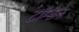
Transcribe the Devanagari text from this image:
टॉम्सन